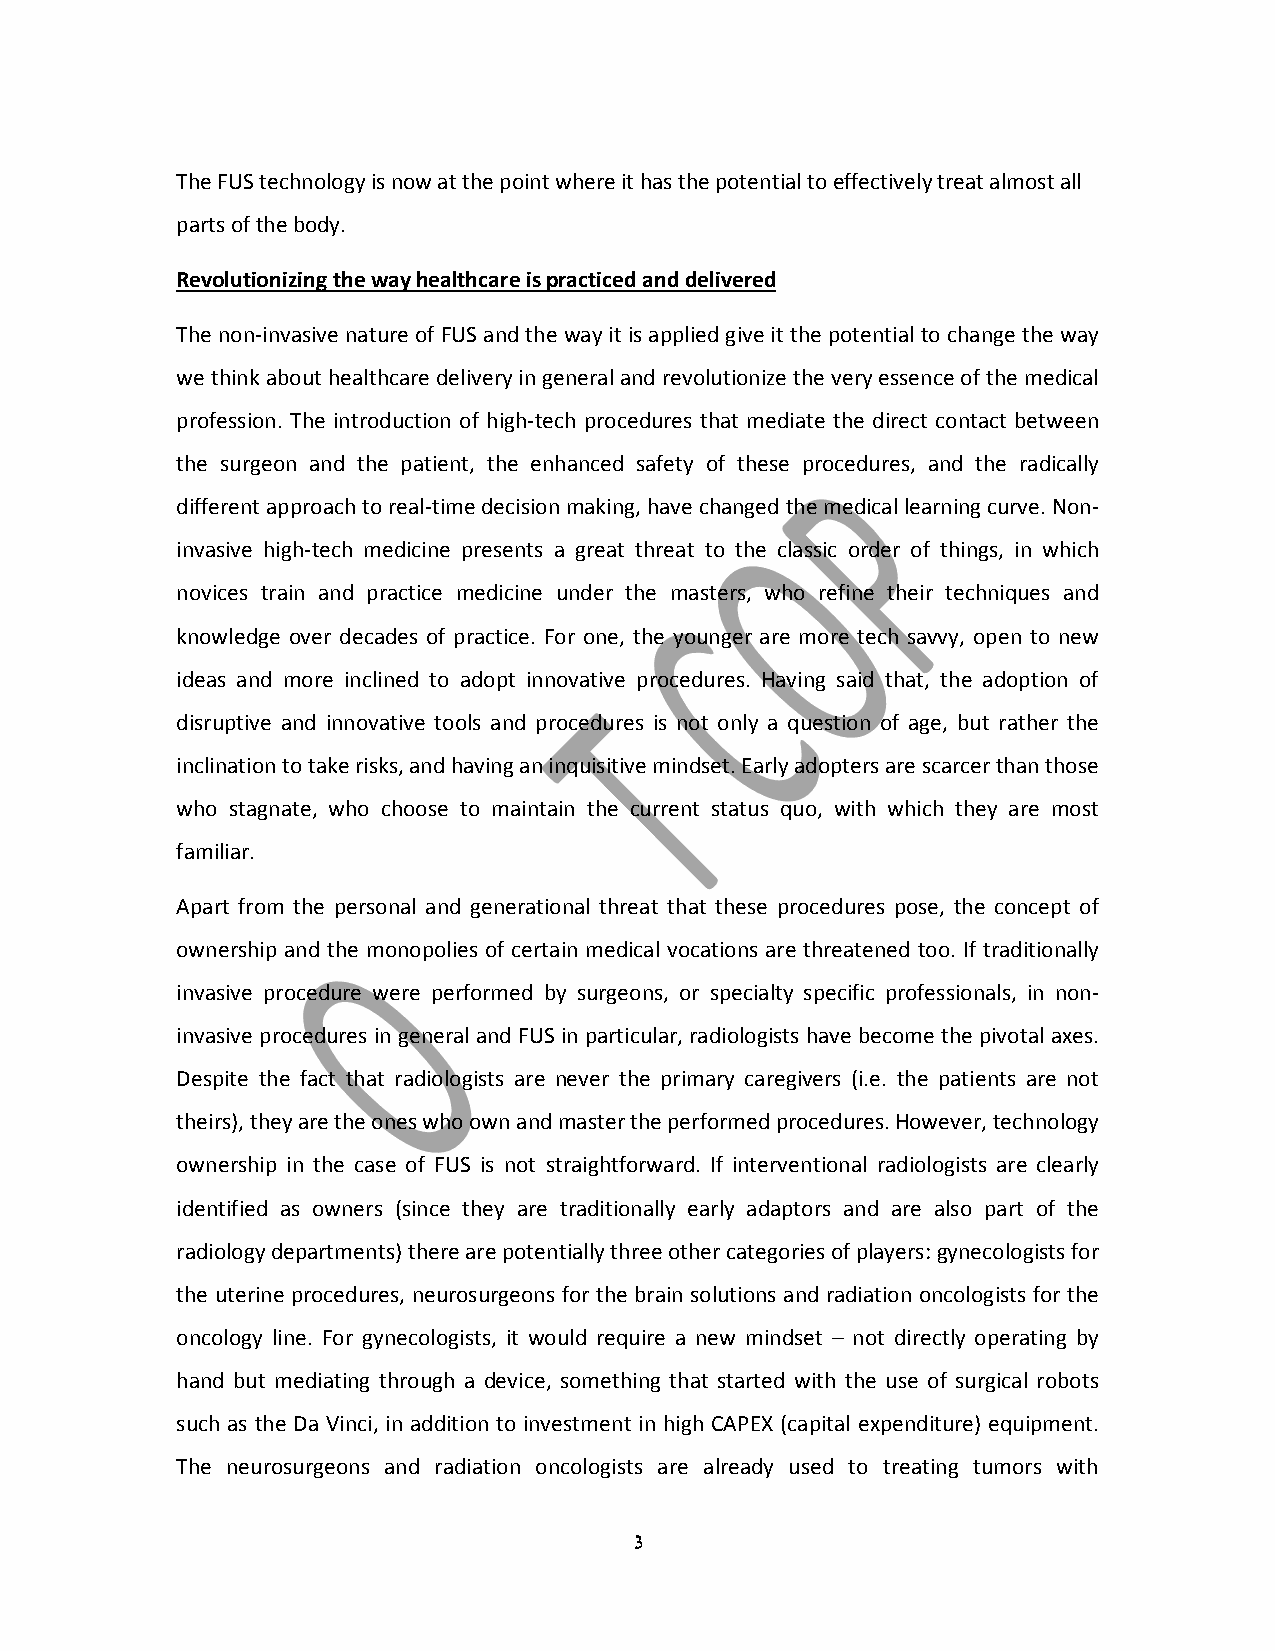
The FUS technology is now at the point where it has the potential to effectively treat almost all
 parts of the body.
 Revolutionizing the way healthcare is practiced and delivered
 The non‐invasive nature of FUS and the way it is applied give it the potential to change the way
 we think about healthcare delivery in general and revolutionize the very essence of the medical
 profession. The introduction of high‐tech procedures that mediate the direct contact between
 the surgeon and the patient, the enhanced safety of these procedures, and the radically
 different approach to real‐time decision making, have changed the medical learning curve. Non‐
 invasive high‐tech medicine presents a great threat to the classic order of things, in which
 novices train and practice medicine under the masters, who refine their techniques and
 knowledge over decades of practice. For one, the younger are more tech savvy, open to new
 ideas and more inclined to adopt innovative procedures. Having said that, the adoption of
 disruptive and innovative tools and procedures is not only a question of age, but rather the
 inclination to take risks, and having an inquisitive mindset. Early adopters are scarcer than those
 who stagnate, who choose to maintain the current status quo, with which they are most
 familiar.
 Apart from the personal and generational threat that these procedures pose, the concept of
 ownership and the monopolies of certain medical vocations are threatened too. If traditionally
 invasive procedure were performed by surgeons, or specialty specific professionals, in non‐
 invasive procedures in general and FUS in particular, radiologists have become the pivotal axes.
 Despite the fact that radiologists are never the primary caregivers (i.e. the patients are not
 theirs), they are the ones who own and master the performed procedures. However, technology
 ownership in the case of FUS is not straightforward. If interventional radiologists are clearly
 identified as owners (since they are traditionally early adaptors and are also part of the
 radiology departments) there are potentially three other categories of players: gynecologists for
 the uterine procedures, neurosurgeons for the brain solutions and radiation oncologists for the
 oncology line. For gynecologists, it would require a new mindset – not directly operating by
 hand but mediating through a device, something that started with the use of surgical robots
 such as the Da Vinci, in addition to investment in high CAPEX (capital expenditure) equipment.
 The neurosurgeons and radiation oncologists are already used to treating tumors with
 3